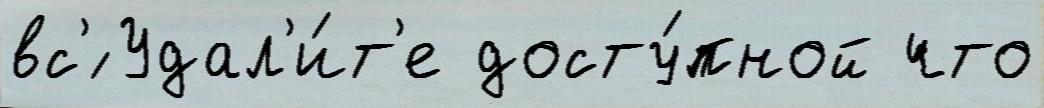
вс'́ Удал'и́т'е досту́пной что